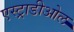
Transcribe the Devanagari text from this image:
एस्ट्राडीओल